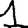
Digit: 1